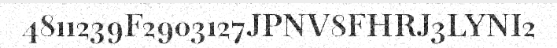
4811239F2903127JPNV8FHRJ3LYNI2